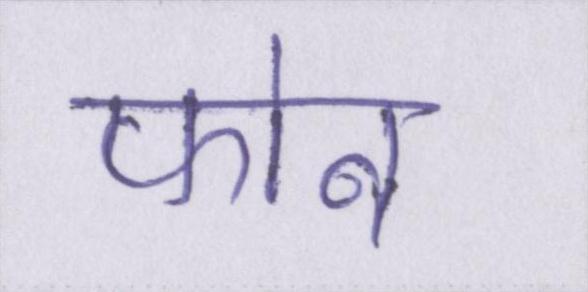
फोन